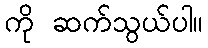
ကို ဆက်သွယ်ပါ။